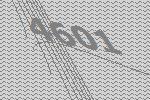
4601